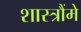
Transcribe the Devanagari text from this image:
शास्त्रौंमे